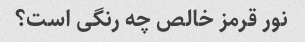
نور قرمز خالص چه رنگی است؟